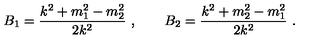
B _ { 1 } = { \frac { k ^ { 2 } + m _ { 1 } ^ { 2 } - m _ { 2 } ^ { 2 } } { 2 k ^ { 2 } } } \ , \qquad B _ { 2 } = { \frac { k ^ { 2 } + m _ { 2 } ^ { 2 } - m _ { 1 } ^ { 2 } } { 2 k ^ { 2 } } } \ .